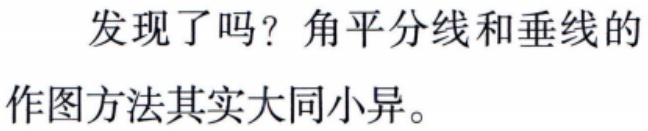
发现了吗？角平分线和垂线的作图方法其实大同小异。